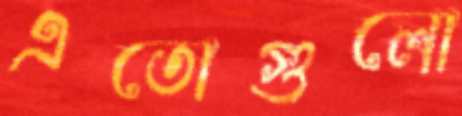
এতোগুলো